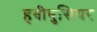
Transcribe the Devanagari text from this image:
हबीबुसियर